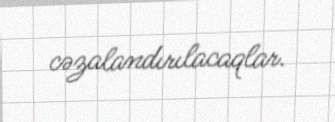
cəzalandırılacaqlar.